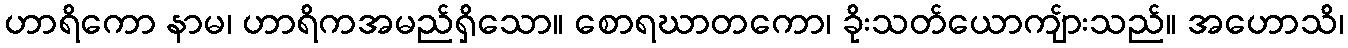
ဟာရိကော နာမ၊ ဟာရိကအမည်ရှိသော။ စောရဃာတကော၊ ခိုးသတ်ယောကျ်ားသည်။ အဟောသိ၊